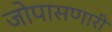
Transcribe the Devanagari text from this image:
जोपासणारी